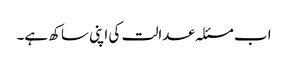
اب مسئلہ عدالت کی اپنی ساکھ ہے۔